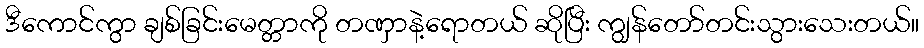
ဒီကောင်ကွာ ချစ်ခြင်းမေတ္တာကို တဏှာနဲ့ရောတယ် ဆိုပြီး ကျွန်တော်တင်းသွားသေးတယ်။